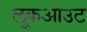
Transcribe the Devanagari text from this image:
लूकआउट